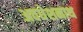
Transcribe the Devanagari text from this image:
अवधेशनाथ